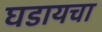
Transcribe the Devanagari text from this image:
घडायचा